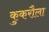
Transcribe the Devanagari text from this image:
कुकरौला